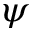
\psi